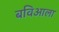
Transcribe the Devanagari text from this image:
बविआला